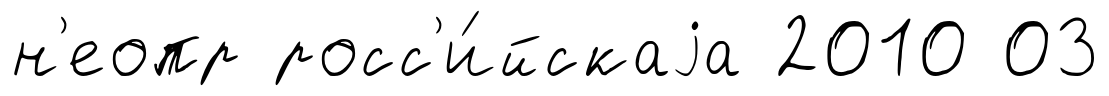
н'еопр росс'и́йскаjа 2010 03